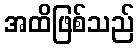
အထိဖြစ်သည်